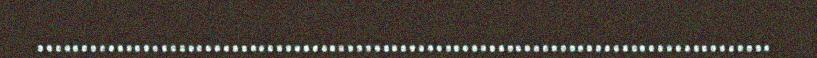
...................................................................................